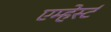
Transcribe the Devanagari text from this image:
एम्हेर्स्ट